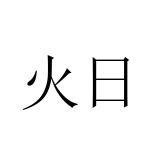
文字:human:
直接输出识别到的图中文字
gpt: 火日